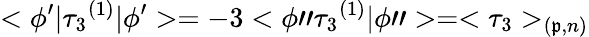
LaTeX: <\phi^{\prime}|{\tau_{3}}^{(1)}|\phi^{\prime}>=-3<\phi"{\tau_{3}}^{(1)}|\phi">=<\tau_{3}>_{(\mathfrak{p},n)}